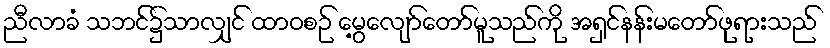
ညီလာခံ သဘင်၌သာလျှင် ထာဝစဉ် မွေ့လျော်တော်မူသည်ကို အရှင်နန်းမတော်ဖုရားသည်